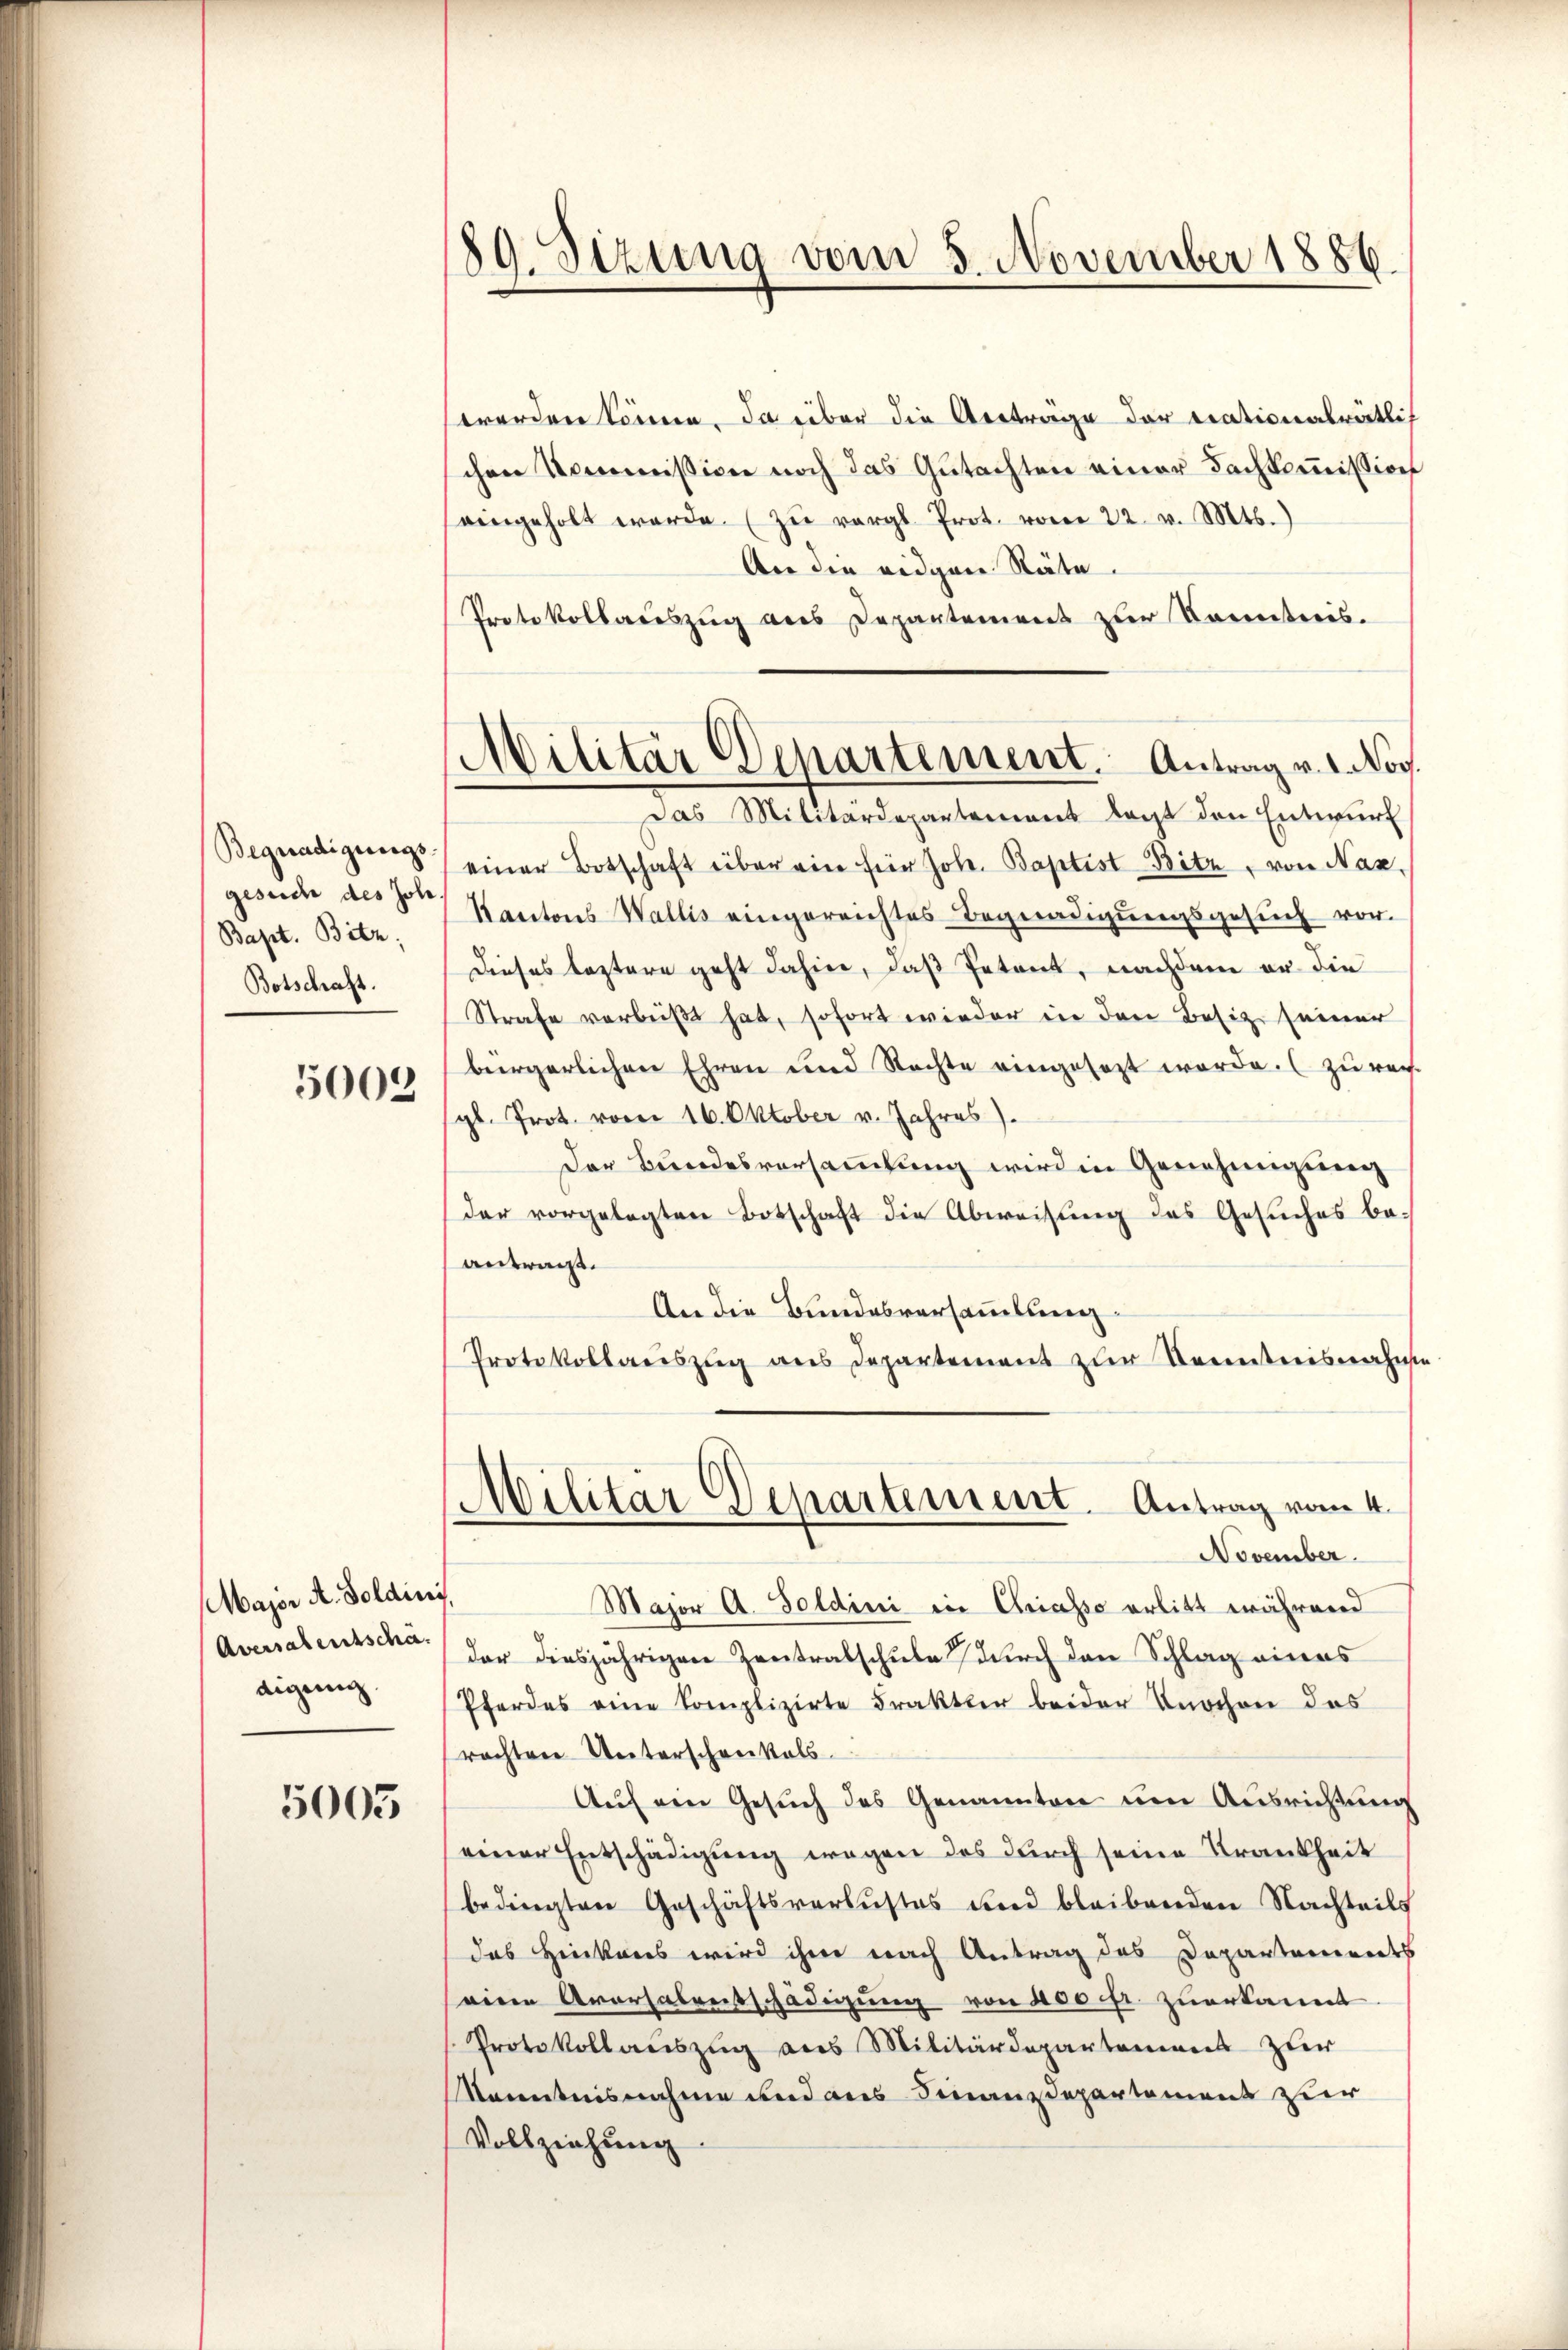
Begnadigungs
Bapt. Bitz;
Botschaft.
5002

Major A. Soldini,
Aversalentschä-
digung

5005

89. Sizung vom 5. November 1886.

werden könne. Da über die Anträge der trationalrätlich
chen Kommission noch das Gutachten einer Fachkommission
seingeholt werde. zŭ vergl. Prot. vom 22. v. Mts.
An die eidgen Räte.
Protokollauszug aus Departement zur Kenntnis.
einer Botschaft über ein für Joh. Baptist-Bitz, von Naz,
gesuche des des Kantons Wallis eingereichtes Begnadigŭngsgesŭch vor-
Dieses leztere geht dahin, daß Petent, nachdem er die
Strafe vorbeißt hat, sofort wieder in den Besiz seiner
bürgerlichen Ehren und Nachte eingesezt werde. (zu rech
sgl. Prot. vom 16. Oktober v. Jahres).
Der Bundesversammlung wird in Genehmigung
der vorgelegten Botschaft die Abweisung des Gesuches beantragt.
An die Bundesversammlung¬
Protokollauszug aus Departement zur Kenntnisnahme
Militär Departement. Antrag vom 4.
November.
Major A. Soldini in Chriasso erlitt während
der diesjährigen Zentralschule durch den Schlag eines
Pferdes eine Complizirte Frakter beider Knochen das
rachten Unterschreikels
Auf ein Gesuch des Genannten um Ausrichtung
einer Entschädigung wegen des durch seine Krankheit
bedingten Geschäftsverlustes und bleibenden Nachteils
das Hinkreis wird ihm nach Antrag des Departaments
seine Aversalentschädigung von 400 fr. zuerkannt
Protokollauszug aus Militärdepartement zur
Kenntnisnahme und aus Finanzdepartement zur
Vollziehung

Militär Departement. Antrag v. 1. Nov.
Das Militärdepartement lagt den Entwŭrf